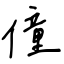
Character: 僮